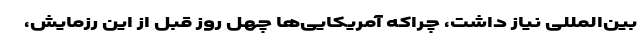
بین‌المللی نیاز داشت، چراکه آمریکایی‌ها چهل روز قبل از این رزمایش،